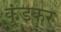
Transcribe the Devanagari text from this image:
कुंडकर